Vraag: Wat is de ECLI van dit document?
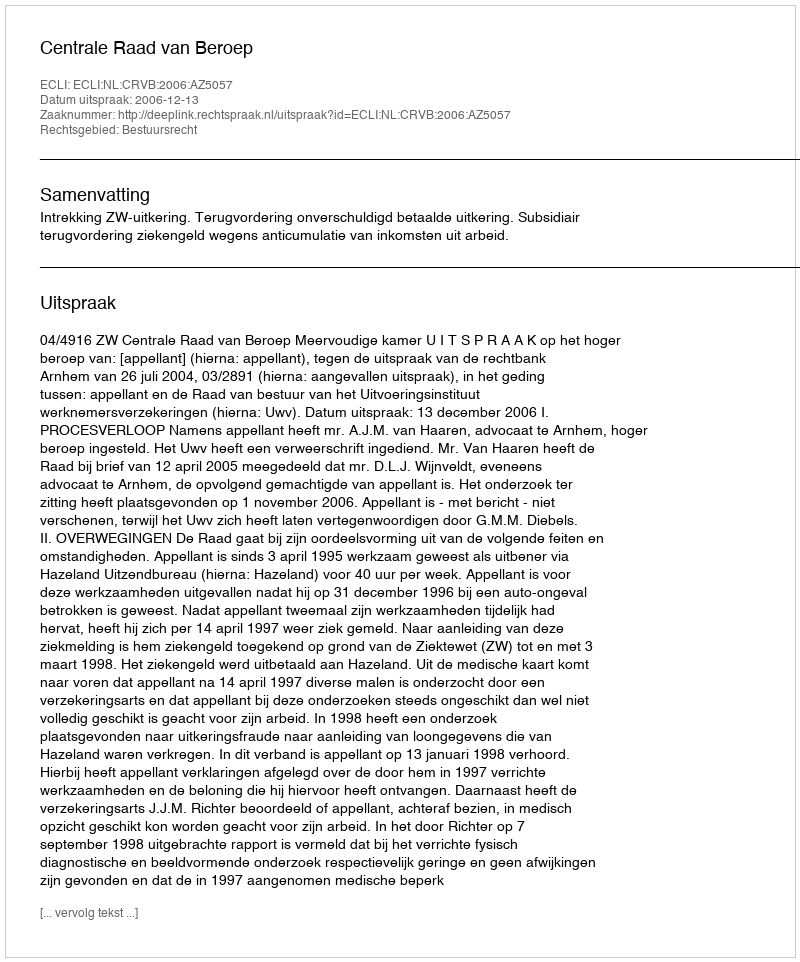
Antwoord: ECLI:NL:CRVB:2006:AZ5057